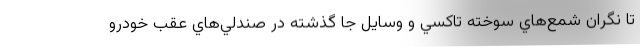
تا نگران شمع‌هاي سوخته تاكسي و وسايل جا گذشته در صندلي‌هاي عقب خودرو